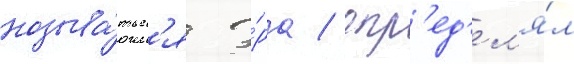
называ́тьс'я э́ра / опр'ед'ел'я́л